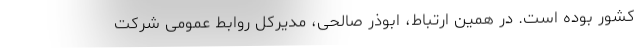
کشور بوده است. در همین ارتباط، ابوذر صالحی، مدیرکل روابط عمومی شرکت